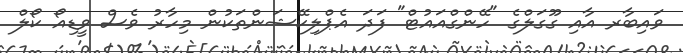
ވައިބާރ އާއި ގޫގަލްގެ "ހޭންގްއައުޓް" ފަދަ އެޕްލިކޭޝަންތަކުން މިހާރު ވެސް ވީޑިއޯ ކޯލް